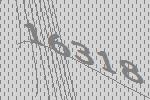
16318